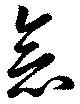
念